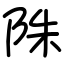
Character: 陎